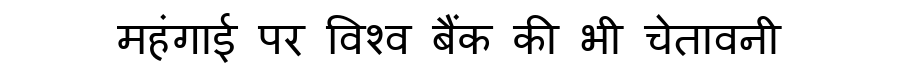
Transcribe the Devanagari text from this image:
महंगाई पर विश्व बैंक की भी चेतावनी